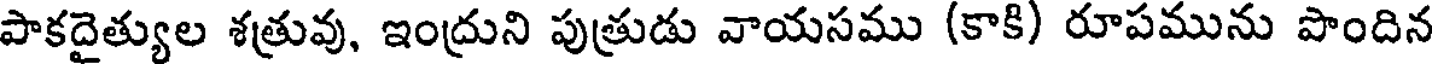
పాకదైత్యుల శత్రువు, ఇంద్రుని పుత్రుడు వాయసము (కాకి) రూపమును పొందిన